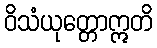
ဝိသံယုတ္တောဣတိ